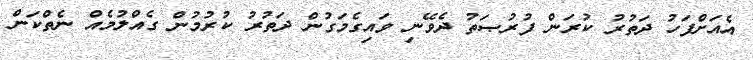
އެއަށްފަހު ދަތުރު ކުރަން ފުރުޞަތު ދެވޭނި ވައިގެމަގުން ދަތުރު ކުރުމުން ގެއްލުމެއް ނެތްކަން